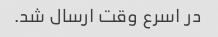
در اسرع وقت ارسال شد.